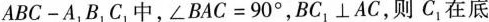
A B C -A_{1} B_{1} C_{1}中，∠BAC=90°，BC1\perpAC，则C1在底